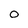
Character: O